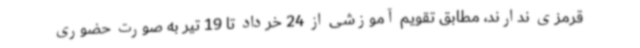
قرمزی ندارند، مطابق تقویم آموزشی از 24 خرداد تا 19 تیر به صورت حضوری